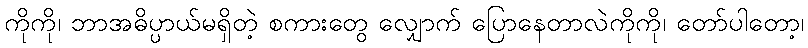
ကိုကို၊ ဘာအဓိပ္ပာယ်မရှိတဲ့ စကားတွေ လျှောက် ပြောနေတာလဲကိုကို၊ တော်ပါတော့၊